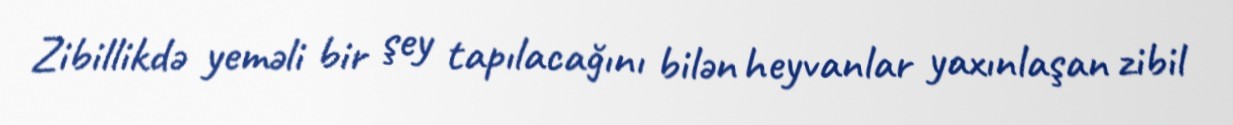
Zibillikdə yeməli bir şey tapılacağını bilən heyvanlar yaxınlaşan zibil